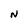
Character: N